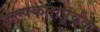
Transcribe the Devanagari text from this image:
कल्पकतापूर्वक